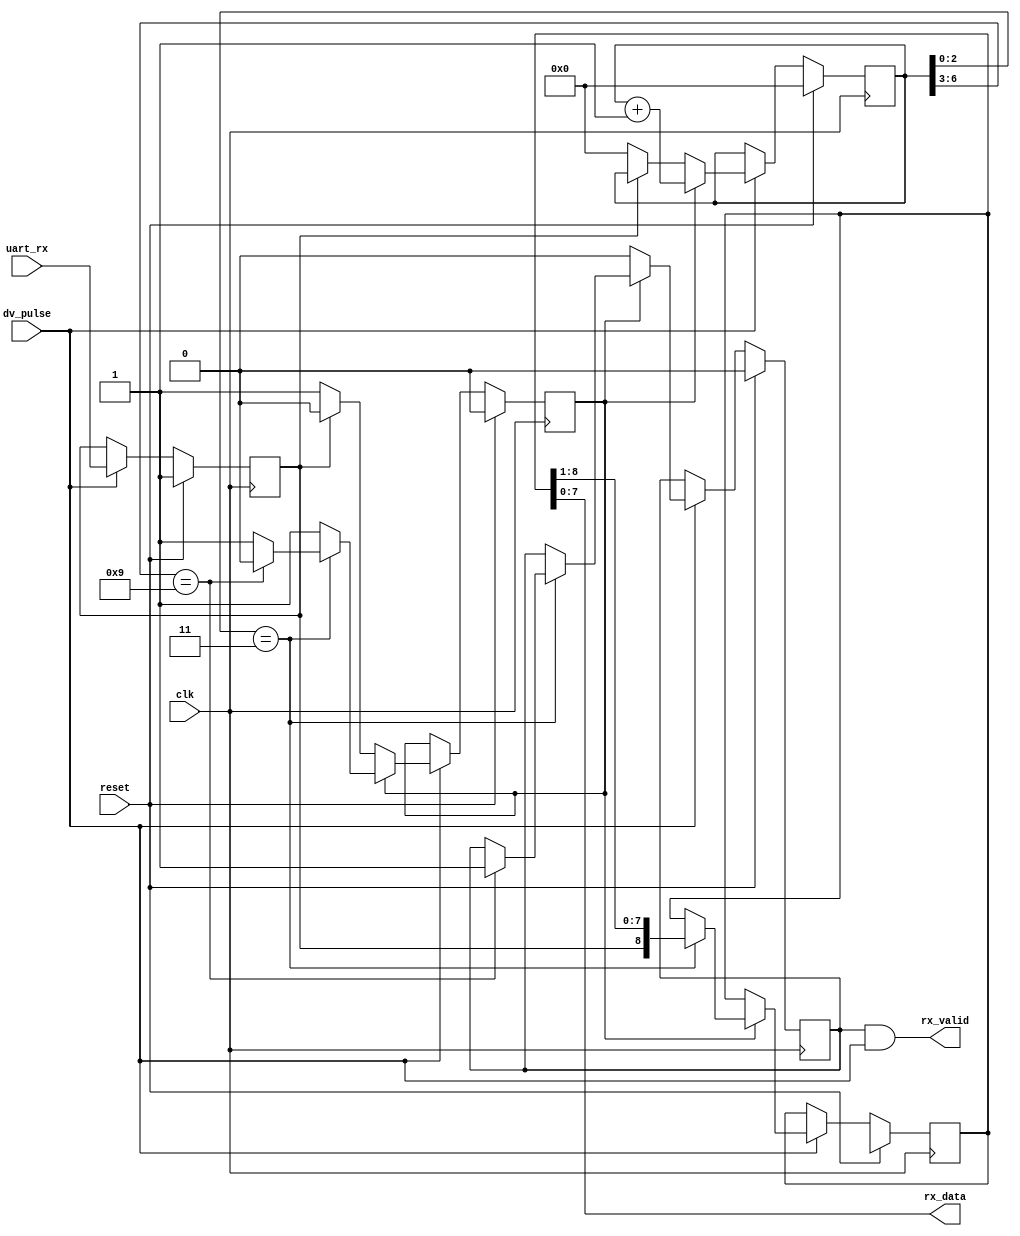
// This program was cloned from: https://github.com/ryuz/jelly
// License: MIT License

// ---------------------------------------------------------------------------
//  Jelly  -- The platform for real-time computing
//
//                                 Copyright (C) 2008-2015 by Ryuz
//                                 https://github.com/ryuz/jelly.git
// ---------------------------------------------------------------------------



`timescale 1ns / 1ps
`default_nettype none


module jelly_uart_rx
        (
            // system
            input   wire            reset,
            input   wire            clk,
            input   wire            dv_pulse,
            
            // UART
            input   wire            uart_rx,
            
            // control
            output  wire    [7:0]   rx_data,
            output  wire            rx_valid
        );
    
    // recv
    reg                         rx_ff_buf;
    reg     [8:0]               rx_buf;
    reg                         rx_busy;
    reg     [7:0]               rx_count;
    reg                         rx_wr_valid;
    always @ ( posedge clk ) begin
        if ( reset ) begin
            rx_ff_buf   <= 1'b1;
            rx_buf      <= {9{1'bx}};
            rx_busy     <= 1'b0;
            rx_count    <= 0;
            rx_wr_valid <= 1'b0;
        end
        else if ( dv_pulse ) begin
            rx_ff_buf <= uart_rx;
            
            if ( !rx_busy ) begin
                rx_wr_valid <= 1'b0;
                if ( rx_ff_buf == 1'b0 ) begin
                    rx_busy  <= 1'b1;
                    rx_count <= 0;
                end
            end
            else begin
                rx_count <= rx_count + 1'b1;
                if ( rx_count[2:0] == 3'h3 ) begin
                    rx_buf <= {rx_ff_buf, rx_buf[8:1]};
                    if ( rx_count[6:3] == 9 ) begin
                        rx_busy     <= 1'b0;
                        rx_wr_valid <= 1'b1;
                    end
                end
            end
        end
    end
    
    assign rx_valid = rx_wr_valid & dv_pulse;
    assign rx_data  = rx_buf[7:0];
    
endmodule


`default_nettype wire


// end of file